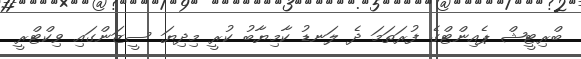
ބްރިޓީޝް ޕެއިންޓްގެ ފުރަތަމަ ދެ ލަނޑު ކާމިޔާބު ކުރީ މިދިޔަ ސީޒަންގައި ވިކްޓްރީ